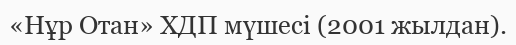
«Нұр Отан» ХДП мүшесі (2001 жылдан).